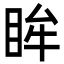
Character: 眸